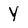
Character: Y